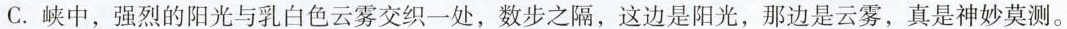
C.峡中，强烈的阳光与乳白色云雾交织一处，数步之隔，这边是阳光，那边是云雾，真是神妙莫测。